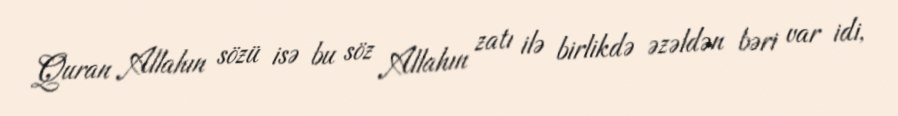
Quran Allahın sözü isə bu söz Allahın zatı ilə birlikdə əzəldən bəri var idi,